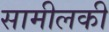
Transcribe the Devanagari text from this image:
सामीलकी